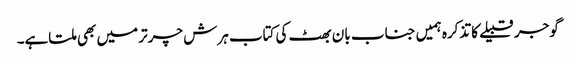
گوجر قبیلے کا تذکرہ ہمیں جناب بان بھٹ کی کتاب ہرش چرتر میں بھی ملتاہے۔